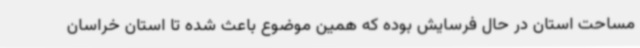
مساحت استان در حال فرسایش بوده که همین موضوع باعث شده تا استان خراسان